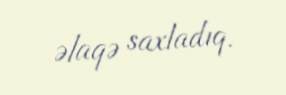
əlaqə saxladıq.